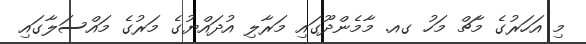
މި އަހަރުގެ މާޗް މަހު ގއ. މާމެންދޫގައި މަރާލި އުދައްޔުގެ މަރުގެ މައްސަލާގައި